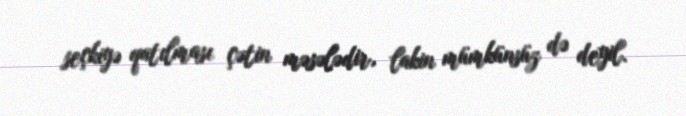
seçkiyə qatılması çətin məsələdir, lakin mümkünsüz də deyil.